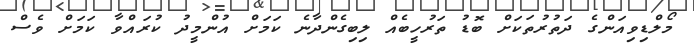
މޯލްޑިވިއަންގެ ދަތުރުތަކަށް ބޮޑު ތަރުހީބެއް ލިބިގެންދާނެ ކަމަށް އުންމީދު ކުރައްވާ ކަމަށް ވެސް